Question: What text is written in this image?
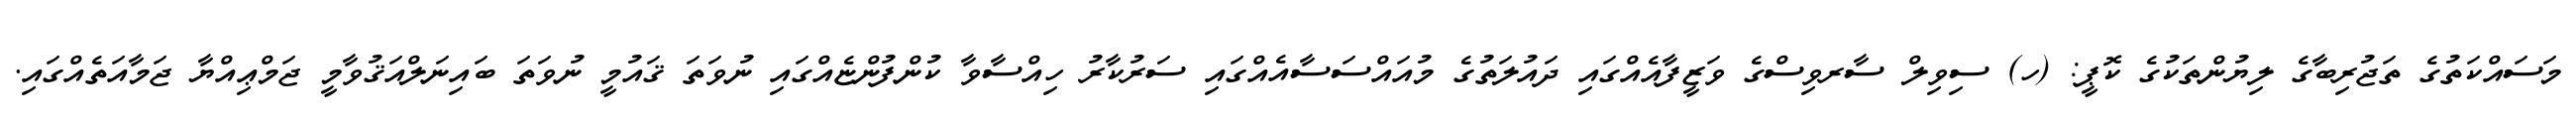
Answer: މަސައްކަތުގެ ތަޖުރިބާގެ ލިޔުންތަކުގެ ކޮޕީ: (ހ) ސިވިލް ސާރވިސްގެ ވަޒީފާއެއްގައި ދައުލަތުގެ މުއައްސަސާއެއްގައި ސަރުކާރު ހިއްސާވާ ކުންފުންޏެއްގައި ނުވަތަ ޤައުމީ ނުވަތަ ބައިނަލްއަޤުވާމީ ޖަމްޢިއްޔާ ޖަމާއަތެއްގައި.